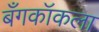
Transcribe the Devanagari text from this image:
बँगकॉकला